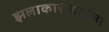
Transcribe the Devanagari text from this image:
झलाकारीबाईला